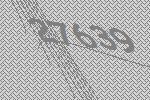
27639